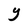
Character: Y